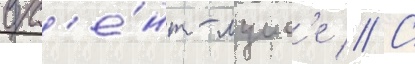
в с'е́нт-луис'е // С